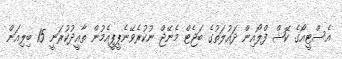
އެސްޓީއޯގެ ކޭޝް ފްލޯއިން ދައުލަތުގެ ބަޖެޓް މެނޭޖް ނުކުރެވޭނެޕީޕީއެމުން ތާއީދުކުރަނީ 15 ބިލިއަން